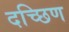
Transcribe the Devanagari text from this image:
दच्छिण